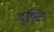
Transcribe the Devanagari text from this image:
दृष्‍टि